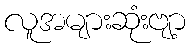
လူအများဆုံးဗျာ့